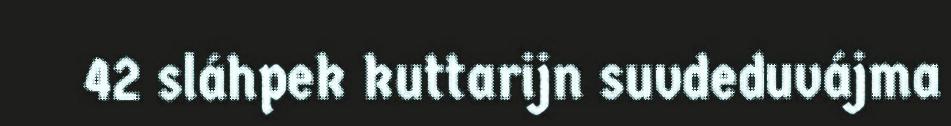
42 sláhpek kuttarijn suvdeduvájma